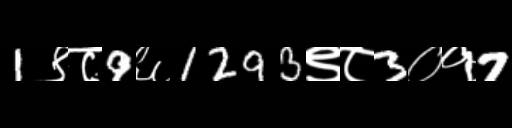
Text: 1९८9६1293९८3०१7